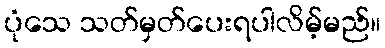
ပုံသေ သတ်မှတ်ပေးရပါလိမ့်မည်။